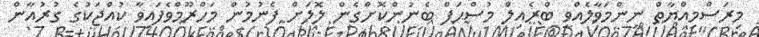
މިރަސްމިއްޔާތް ނިންމަވާލެއްވީ ބްރެއިލް މުސްޙަފް ބެނުންކޮށްގެން ލޮލަށް ފެނުމުން މަހްރޫމްވެފައިވާ ކުއްޖަކުގެ ގުރުއާން